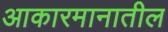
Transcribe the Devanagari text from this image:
आकारमानातील